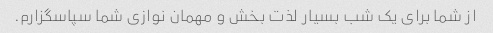
از شما برای یک شب بسیار لذت بخش و مهمان نوازی شما سپاسگزارم.